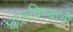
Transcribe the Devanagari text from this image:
घालविण्याची